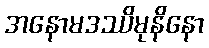
အနောမဒဿိမုနိနော